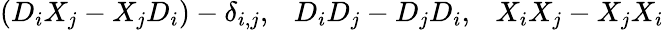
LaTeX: (D_{i}X_{j}-X_{j}D_{i})-\delta_{i,j},\ \ \ D_{i}D_{j}-D_{j}D_{i},\ \ \ X_{i}X_{j}-X_{j}X_{i}